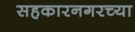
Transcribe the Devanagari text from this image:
सहकारनगरच्या